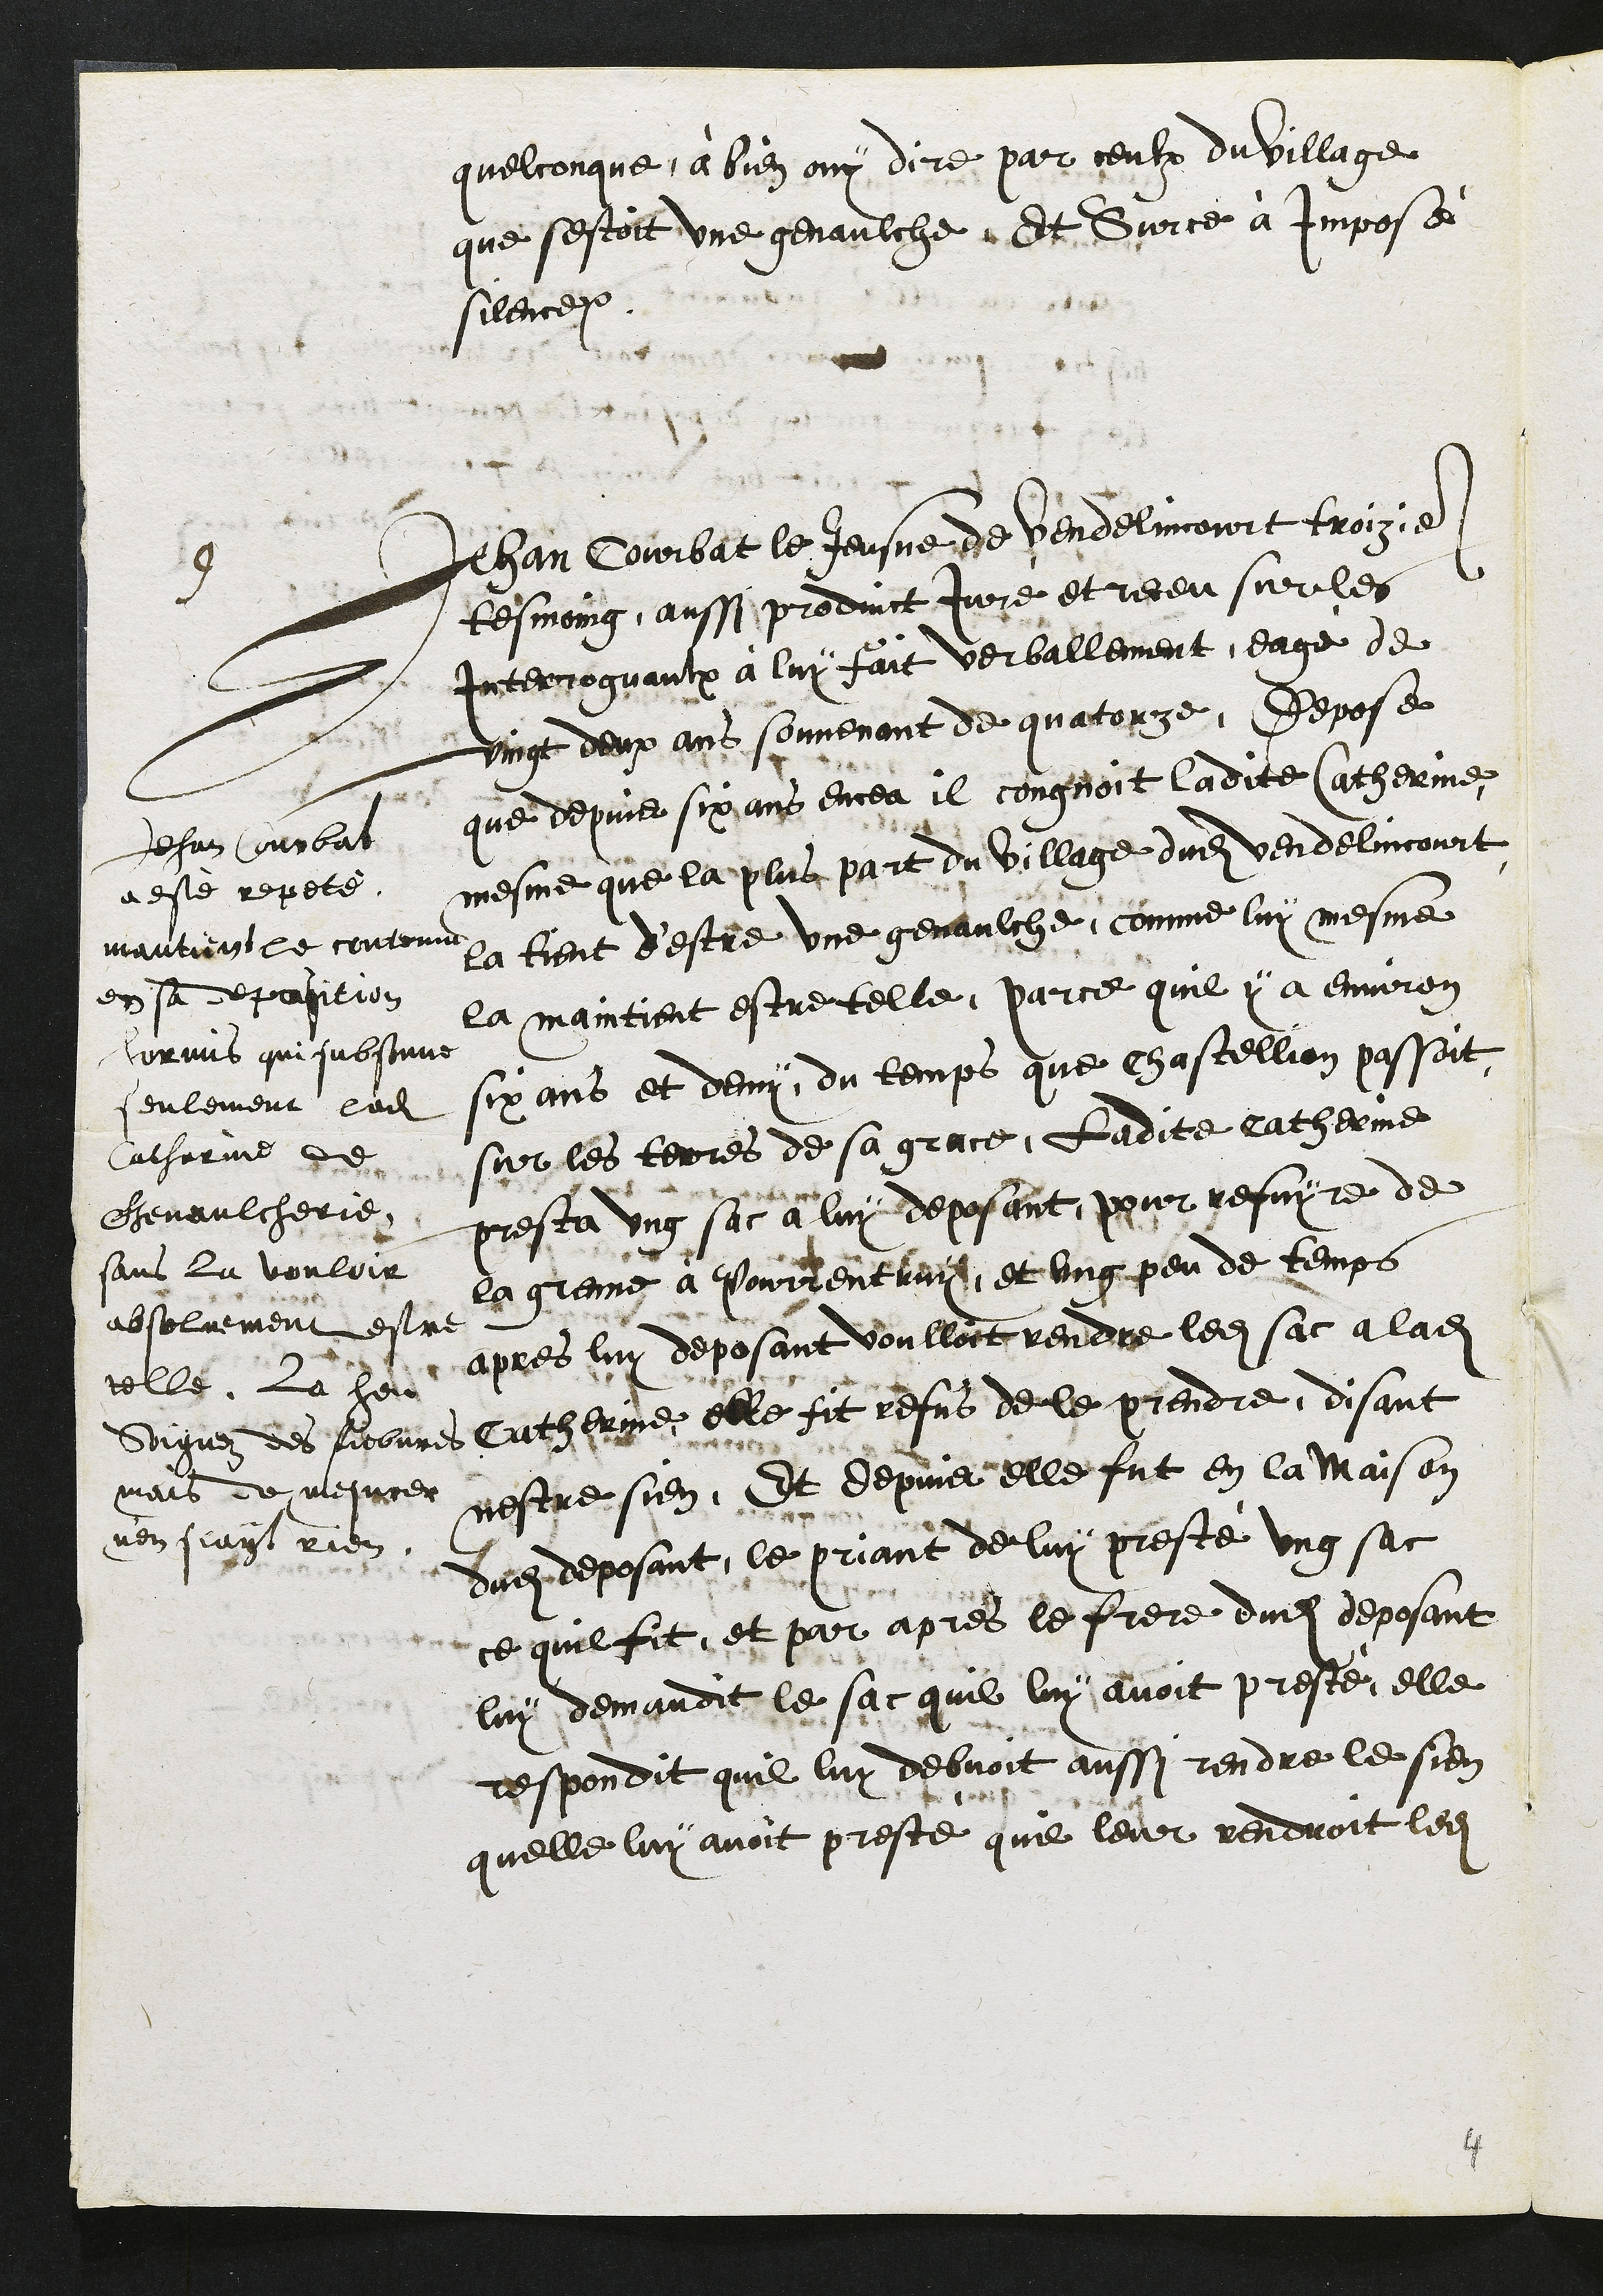
quelconque à bien ouy dire par ceulx du village
que sestoit une genaulche. Et Sur ce à imposé
silence.
9
Jehan Courbat le Jeusne de Vendelincourt troizie
tesmoing, aussi produict Juré et receu sur les
Interroguaulx à luy fait verballement, eagé de
vingt deux ans souvenant de quatorze. Depose
que depuis six ans encea il congnoit ladite Catherinne
mesme que la plus part du village dudit Vendelincourt
la tient d'estre une genaulche, comme luy mesme
la maintient estre telle, parce quil y a environ
six ans et demy, du temps que Chastellion passoit
sur les terres de sa grace, Ladite catherinne
presta ung sac à luy deposant, pour refuyre de
la grenne à Pourrentruy, et ung peu de temps
apres luy deposant voulloit rendre ledit sac a ladite
Catherine elle fit refus de le prendre, disant
nestre sien. Et depuis elle fut en la maison
dudit deposant, le priant de luy presté ung sac
ce quil fit, et par apres le frere dudit deposant
luy demandit le sac quil luy avoit presté, elle
respondit quil luy debvoit aussi rendre le sien
quelle luy avoit presté quil leur rendroit ledit
Jehan Courbat
a esté repeté
mantien le contenu
en sa deposition
hormis qui subsonne
seulement ladite
Catherinne de
chenaulcherie,
sans la vouloir
absoluement estre
telle, La heu
Soignez des fiebvres
mais de mesurer
nen scayt rien.